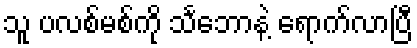
သူ ပလစ်မစ်ကို သင်္ဘောနဲ့ ရောက်လာပြီ